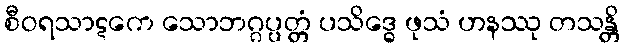
စီဝရသာဋကေ သောဘဂ္ဂပ္ပတ္တံ ပသိဒ္ဓေ ဖုသံ ဟနဿု တသန္တိ